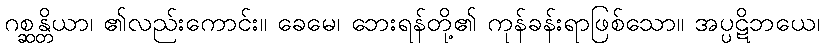
ဂစ္ဆန္တိယာ၊ ၏လည်းကောင်း။ ခေမေ၊ ဘေးရန်တို့၏ ကုန်ခန်းရာဖြစ်သော။ အပ္ပဋိဘယေ၊